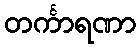
တင်္ကာရဏာ